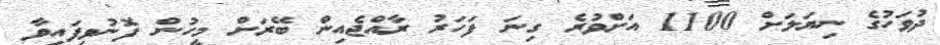
ދުވަހުގެ ނިޔަލަށް 1100 އަށްވުރެ ގިނަ ފަހަރު ރާއްޖެއިން ބޭރަށް މީހުން ފޮނުވިފައިވާ